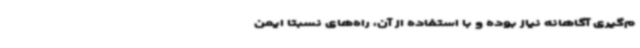
م‌گیری آگاهانه نیاز بوده و با استفاده از آن، راه‌های نسبتاً ایمن